Bréfritari: Jóna Benjamínsdóttir
Viðtakandi: Björg Jónsdóttir
Dagsetning: A-1863-04-19
Skrifað á: Tjörnum  Eyf.
Björg var kona Bened. í Tungu. Óvíst.

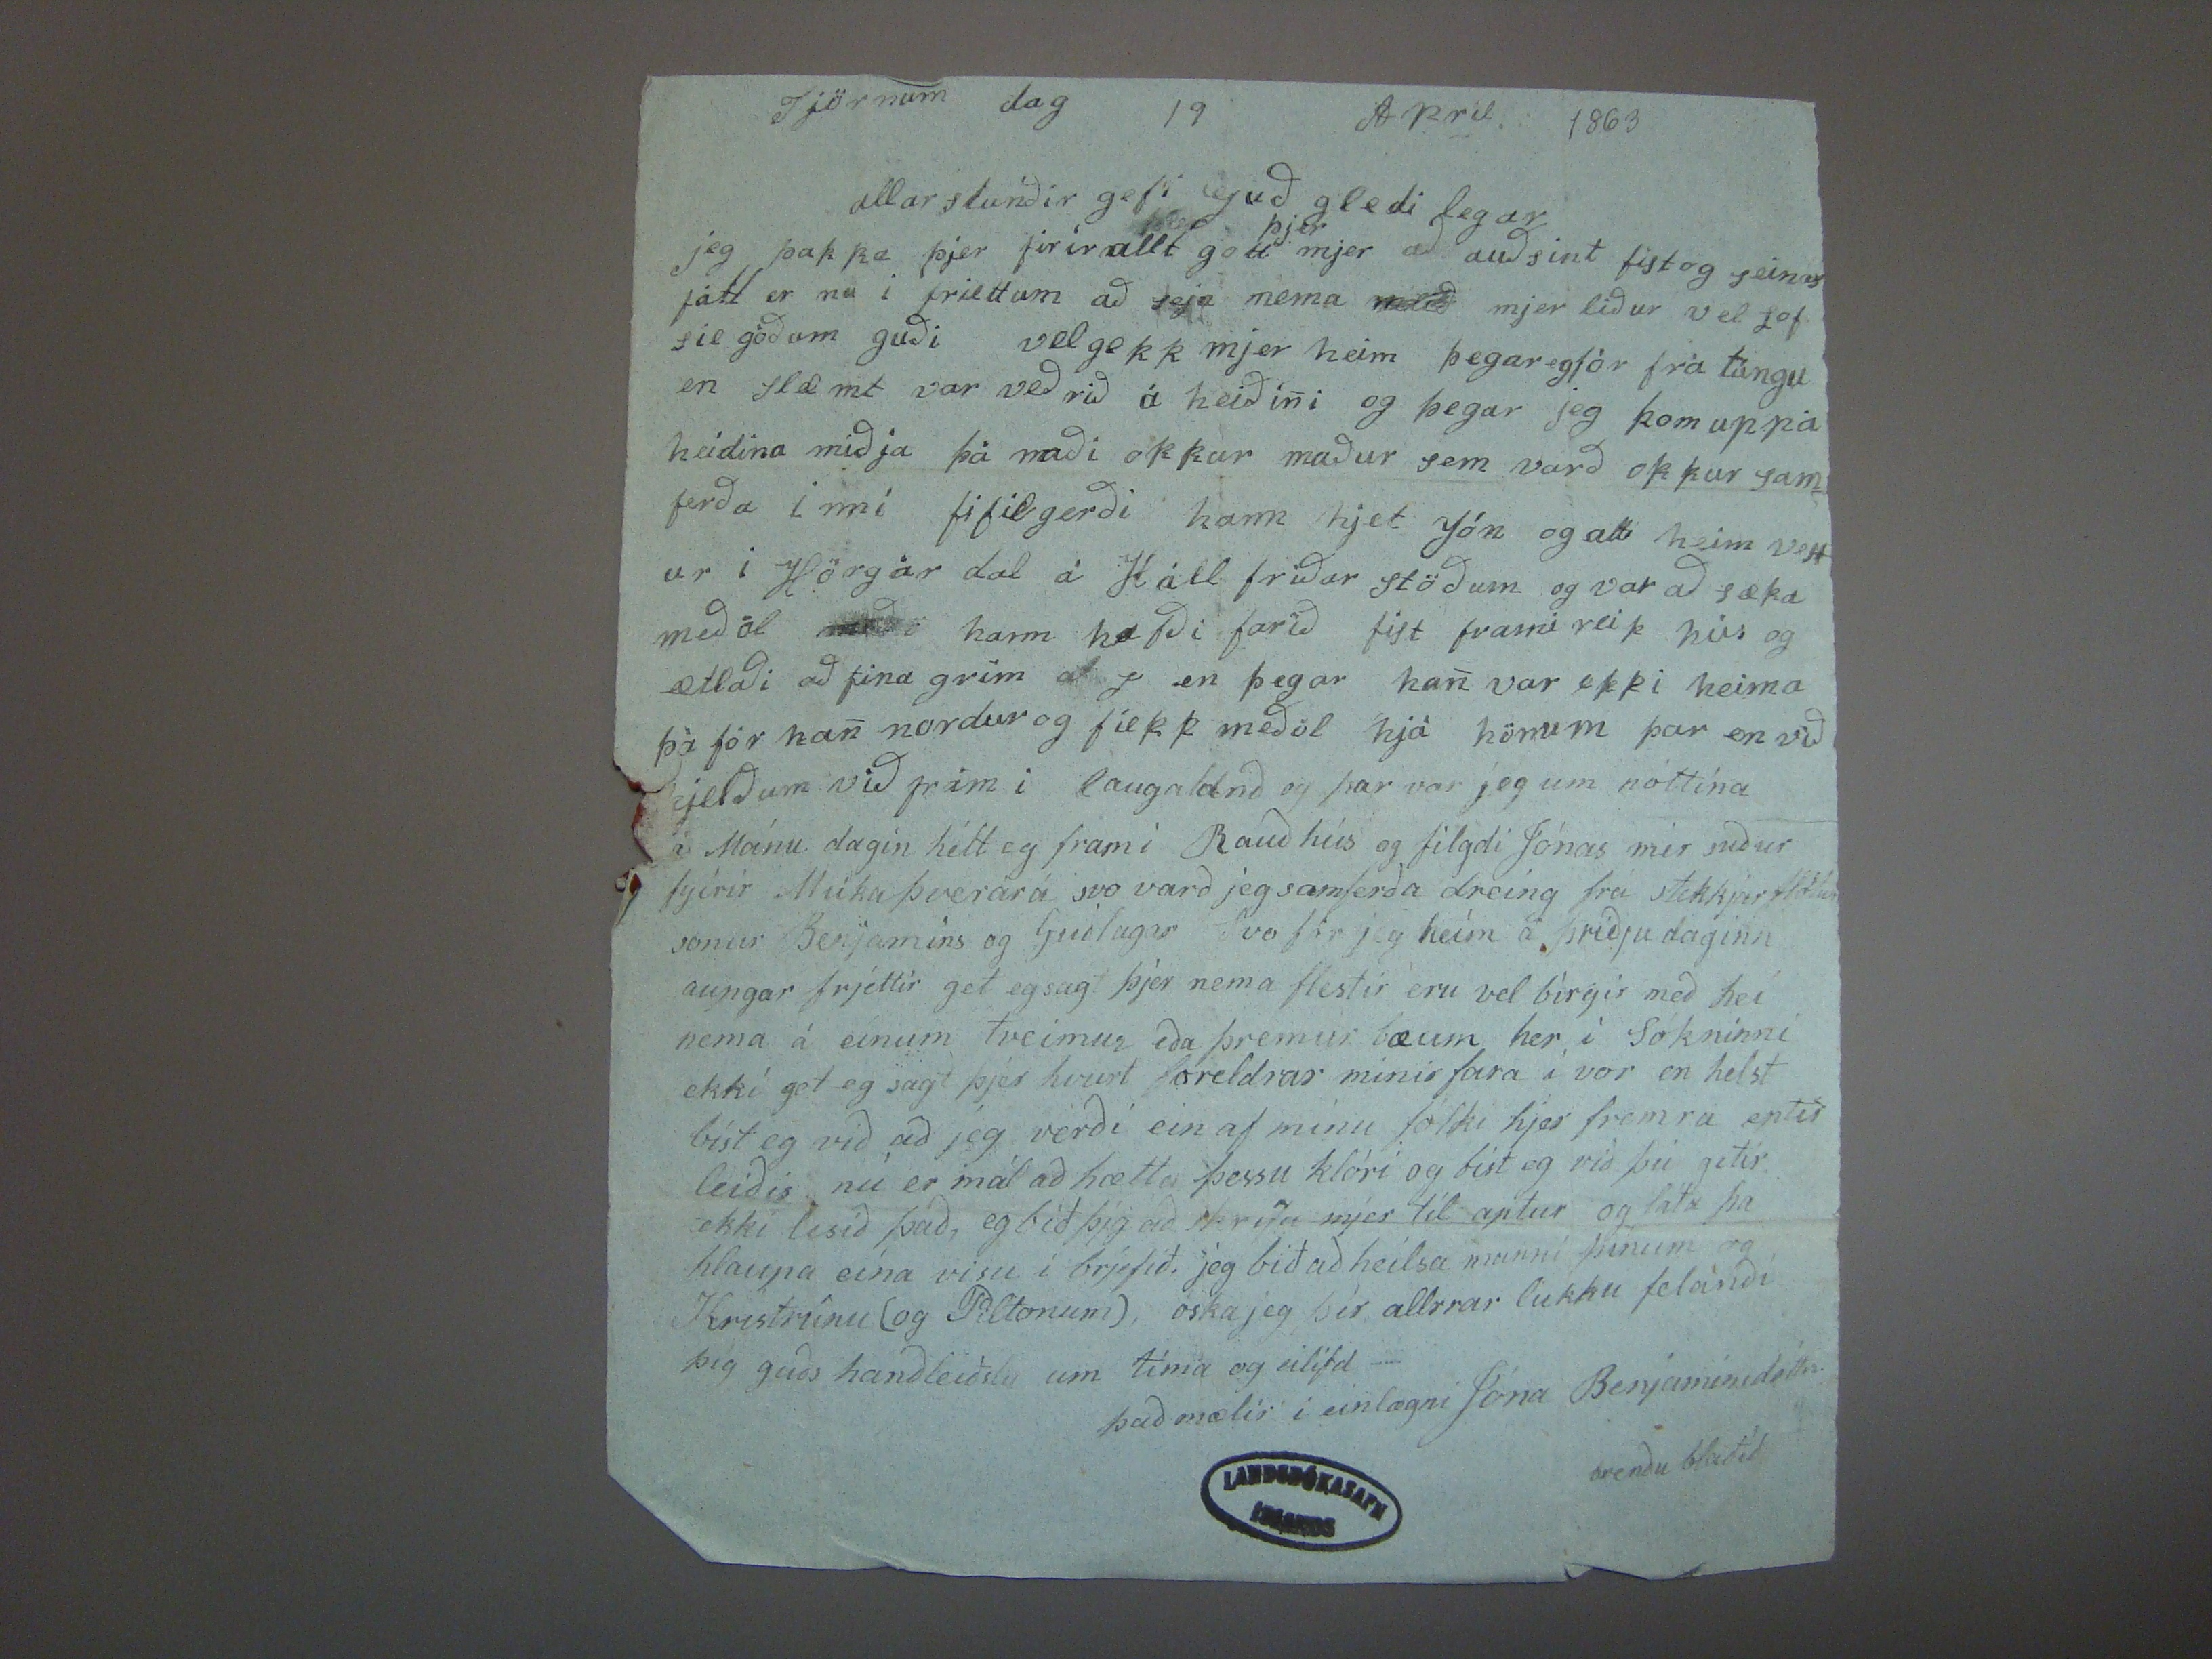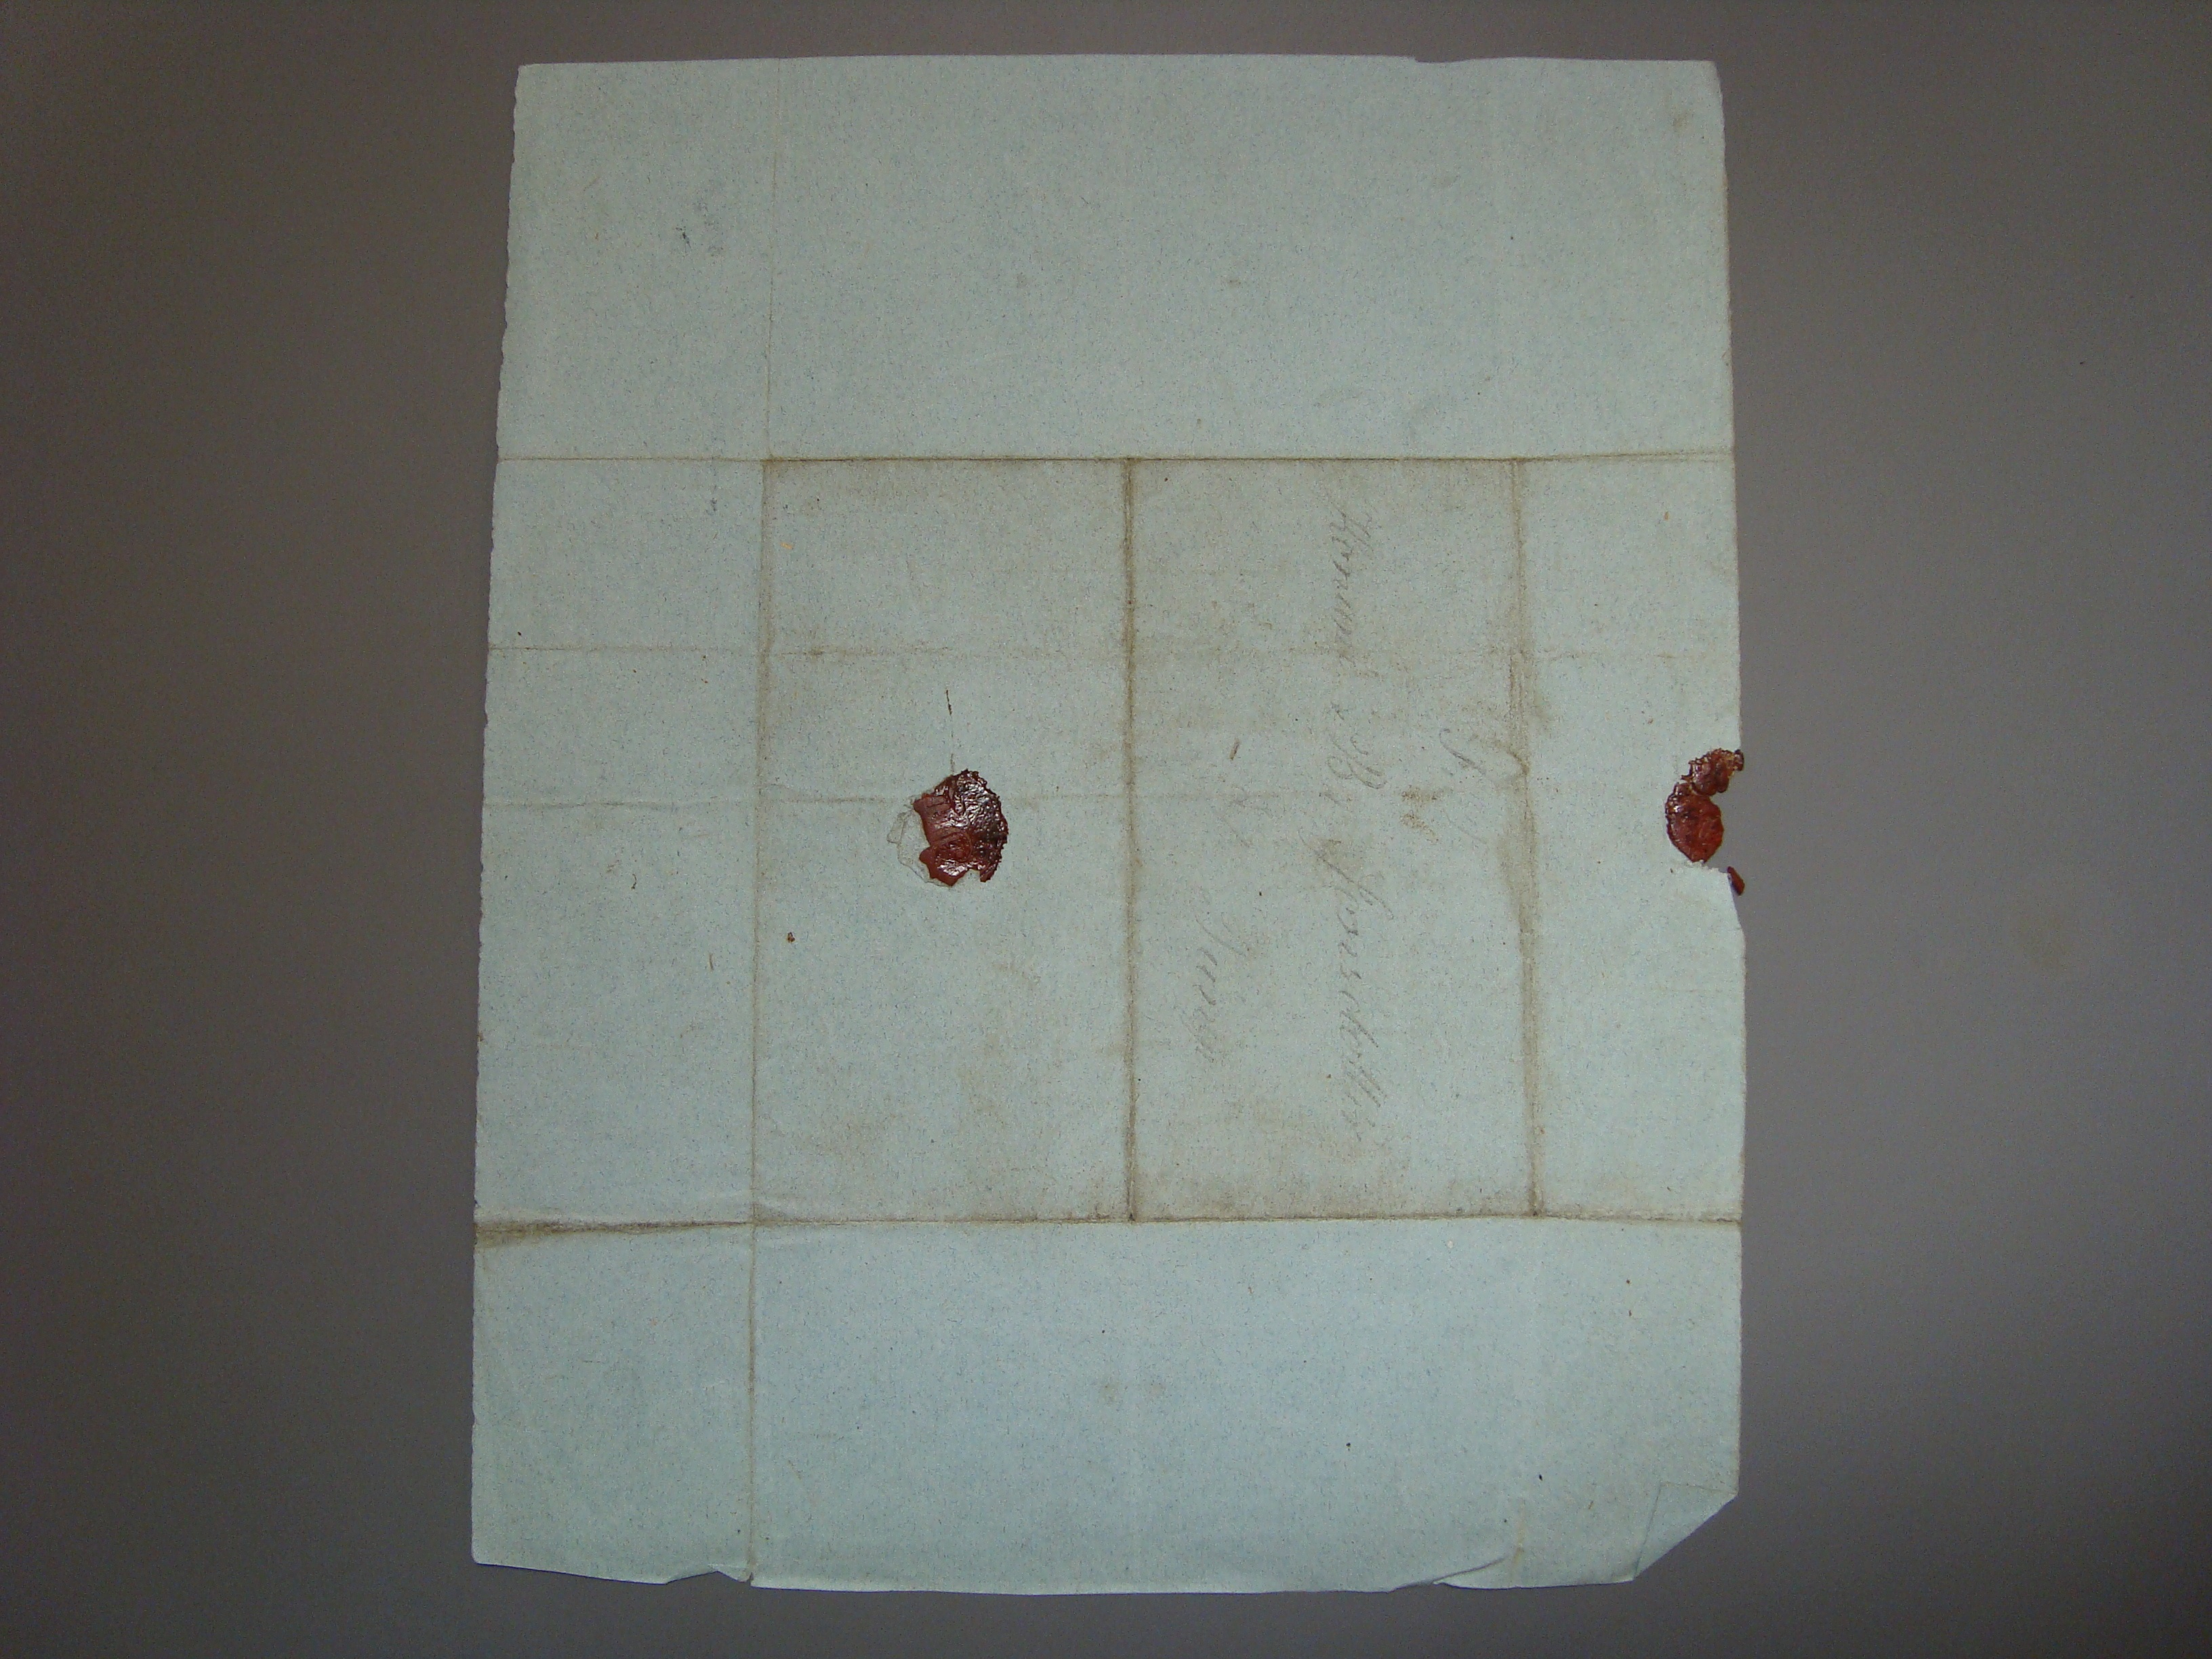

Tjörnum dag 19 April 1863
allar stunðir gefi Guð gleði legar
jeg þakka þjer firir allt gott
þjer
mjer að auðsint fist og seinast fátt er nu i friettum að seja nema
hand="scribe" rend="overstrike">ralið mjer liður vel Lof sie góðum guði vel gekk mjer heim þegar egfór frá túngu en slæmt var veðrið á heiðini og þegar jeg
kom uppá heidina miðja þá naði okkur maður sem varð okkur samferða inní fifilgerði hann hjet Jón go atti heim vestur i Hörgár dal á Háll friðar stöðum og var að
sæka meðöl
meðö
hann hafði farið fist frami reik hús og ætlaði að fina grim
at j en þegar han var ekki heima þá fór han nordur og fiekk meðöl hjá hönum þar en við
hjelðum
við frám i laugaland og þar var jeg
um nóttina á Mánu dagin hélt eg fram i Rauðhús og filgdi Jónas mér suður fyrir Múka þverárá svo varð jeg samferða dreing frá stekkjar
????
sonur Benjamins og Guðlaugar Svo fór jeg heim á þriðjudaginn aungar frjettir get eg sagt þjer nema flestir eru vel birgir með hei nema á einum tveimur eða þremur
bæum her i Sókninni ekki get eg sagt þjer hvurt foreldrar minir fara í vor en helst bíst eg við að jeg verði ein af mínu fólki hjer fremra eptir leiðis nú er mál að hætta
þessu klóri go bíst eg við þú getir ekki lesið það, eg bið þig að skrifa mjer til aptur og láta þa hlaupa eina visu í brjefið. jeg bið að heilsa manni þínum og Kristrúnu
(og Piltonum), óska jeg þér allrrar lukku
felariði
þig guðs handleiðslu um tíma og eilífð -
það mælir í einlægni Jóna Benjamínsdóttir
brendu blaðið
S.P
Konuni B Jonsdottir
á/ Tungu